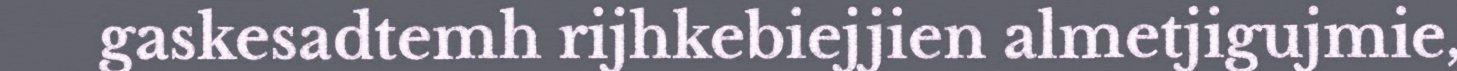
gaskesadtemh rijhkebiejjien almetjigujmie,